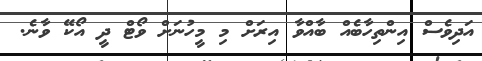
އަދިވެސް އިންތިހާބެއް ބާއްވާ އިރަށް މި މީހުނަށް ވޯޓް ދީ އޯކޭ ވާނެ.